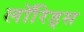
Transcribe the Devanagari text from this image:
लॉरिड्स